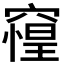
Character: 𰩘